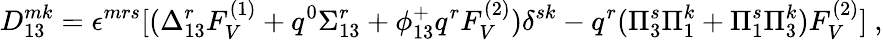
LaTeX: D_{13}^{mk}=\epsilon^{mrs}[(\Delta_{13}^{r}F_{V}^{(1)}+q^{0}\Sigma_{13}^{r}+\phi_{13}^{+}q^{r}F_{V}^{(2)})\delta^{sk}-q^{r}(\Pi_{3}^{s}\Pi_{1}^{k}+\Pi_{1}^{s}\Pi_{3}^{k})F_{V}^{(2)}]~,